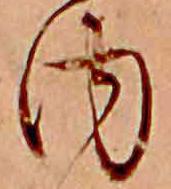
内